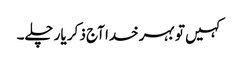
کہیں تو بہر خدا آج ذکر یار چلے۔